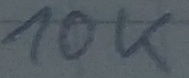
Text: 10K